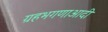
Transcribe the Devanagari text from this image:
ग्रहभगणाआदी